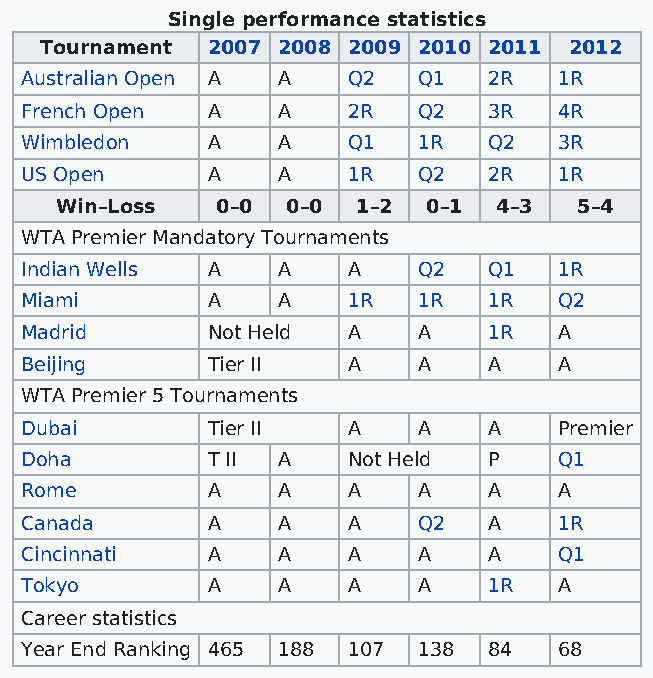
Single performance statistics
 Tournament 2007 2008 2009 2010 2011 2012
 Australian Open A A   Q2   Q1  2R   1R
 French Open  A   A    2R   Q2  3R   4R
 Wimbledon    A   A    Q1   1R  Q2   3R
 US Open      A   A    1R   Q2  2R   1R
 Win–Loss  0–0  0–0  1–2 0–1  4–3  5–4
 WTA Premier Mandatory Tournaments
 Indian Wells A   A    A    Q2  Q1   1R
 Miami        A   A    1R   1R  1R   Q2
 Madrid       Not Held A    A   1R   A
 Beijing      Tier II  A    A   A    A
 WTA Premier 5 Tournaments
 Dubai        Tier II  A    A   A    Premier
 Doha         T II A   Not Held P    Q1
 Rome         A   A    A    A   A    A
 Canada       A   A    A    Q2  A    1R
 Cincinnati   A   A    A    A   A    Q1
 Tokyo        A   A    A    A   1R   A
 Career statistics
 Year End Ranking 465 188 107 138 84 68